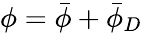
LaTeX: \phi=\bar{\phi}+\bar{\phi}_{D}